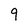
Character: g